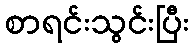
စာရင်းသွင်းပြီး